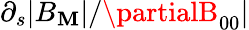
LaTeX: \partial_{s}|B_{\mathbf{M}}|/\partialB_{00}|